Indian journal of veterinary science and animal husbandry - Volume 3,
Year: 1933
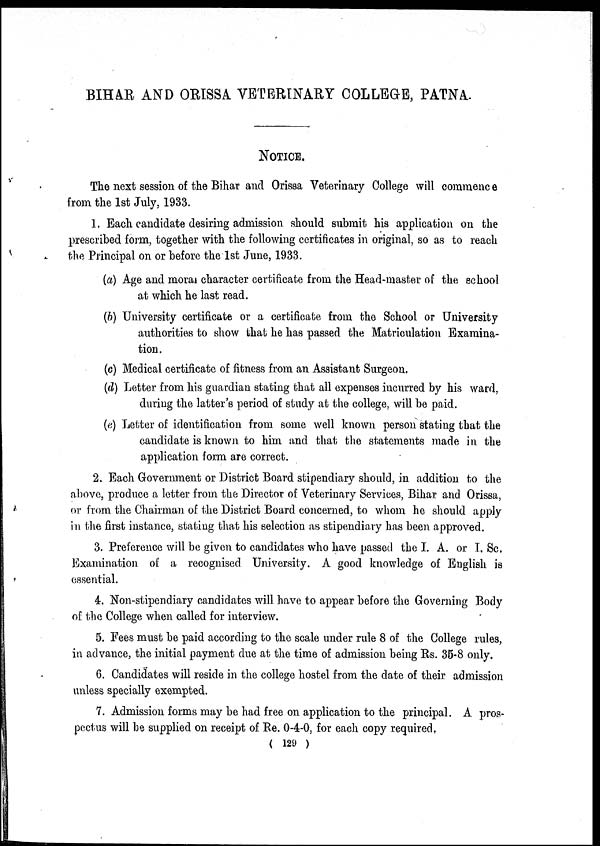
BIHAR AND ORISSA VETERINARY COLLEGE, PATNA.
NOTICE.
The next session of the Bihar and Orissa Veterinary College will commence
from the 1st July, 1933.
1. Each candidate desiring admission should submit his application on the
prescribed form, together with the following certificates in original, so as to reach
the Principal on or before the 1st June, 1933.
(a) Age and moral character certificate from the Head-master of the school
at which he last read.
(b) University certificate or a certificate from the School or University
authorities to show that he has passed the Matriculation Examina-
tion.
(c) Medical certificate of fitness from an Assistant Surgeon.
(d) Letter from his guardian stating that all expenses incurred by his ward,
during the latter's period of study at the college, will be paid.
(e) Letter of identification from some well known person stating that the
candidate is known to him and that the statements made in the
application form are correct.
2. Each Government or District Board stipendiary should, in addition to the
above, produce a letter from the Director of Veterinary Services, Bihar and Orissa,
or from the Chairman of the District Board concerned, to whom he should apply
in the first instance, stating that his selection as stipendiary has been approved.
3. Preference will be given to candidates who have passed the I. A. or I. Sc.
Examination of a recognised University. A good knowledge of English is
essential.
4. Non-stipendiary candidates will have to appear before the Governing Body
of the College when called for interview.
5. Fees must be paid according to the scale under rule 8 of the College rules,
in advance, the initial payment due at the time of admission being Rs. 35-8 only.
6. Candidates will reside in the college hostel from the date of their admission
unless specially exempted.
7. Admission forms may be had free on application to the principal. A pros-
pectus will be supplied on receipt of Re. 0-4-0, for each copy required.
( 129 )